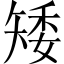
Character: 矮